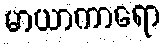
မာယာကာရော